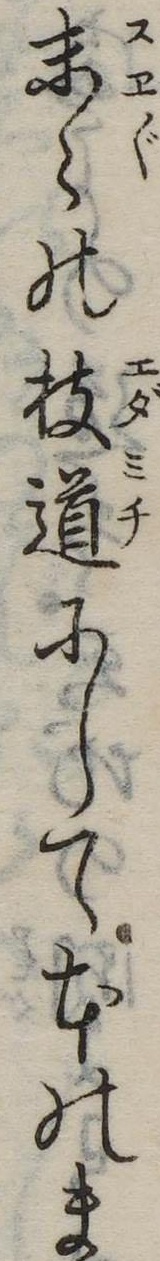
末の枝道にして本のま